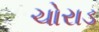
ચોરાડ